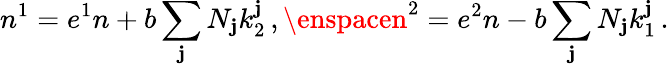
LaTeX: n^{1}=e^{1}n+b\sum_{\mathbf{j}}N_{\mathbf{j}}k_{2}^{\mathbf{j}}\, ,\enspacen^{2}=e^{2}n-b\sum_{\mathbf{j}}N_{\mathbf{j}}k_{1}^{\mathbf{j}}\, .